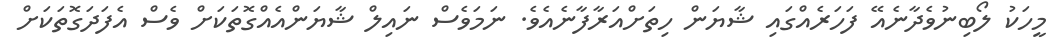
މީހަކު ލޯބިނުވެދާނެއޭ ފަހަރެއްގައި ޝާޔަން ހިތަށްއަރާފާނެއެވެ. ނަމަވެސް ނައިލް ޝާޔަންއެއްގޮތަކަށް ވެސް އެފަދަގޮތަކަށް